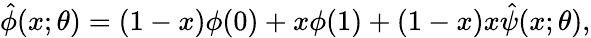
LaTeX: \hat{\phi}(x;\theta)=(1-x)\phi(0)+x\phi(1)+(1-x)x\hat{\psi}(x;\theta),